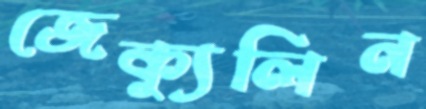
জেক্যুলিন